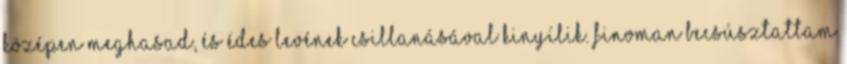
középen meghasad, és édes levének csillanásával kinyílik. Finoman becsúsztattam